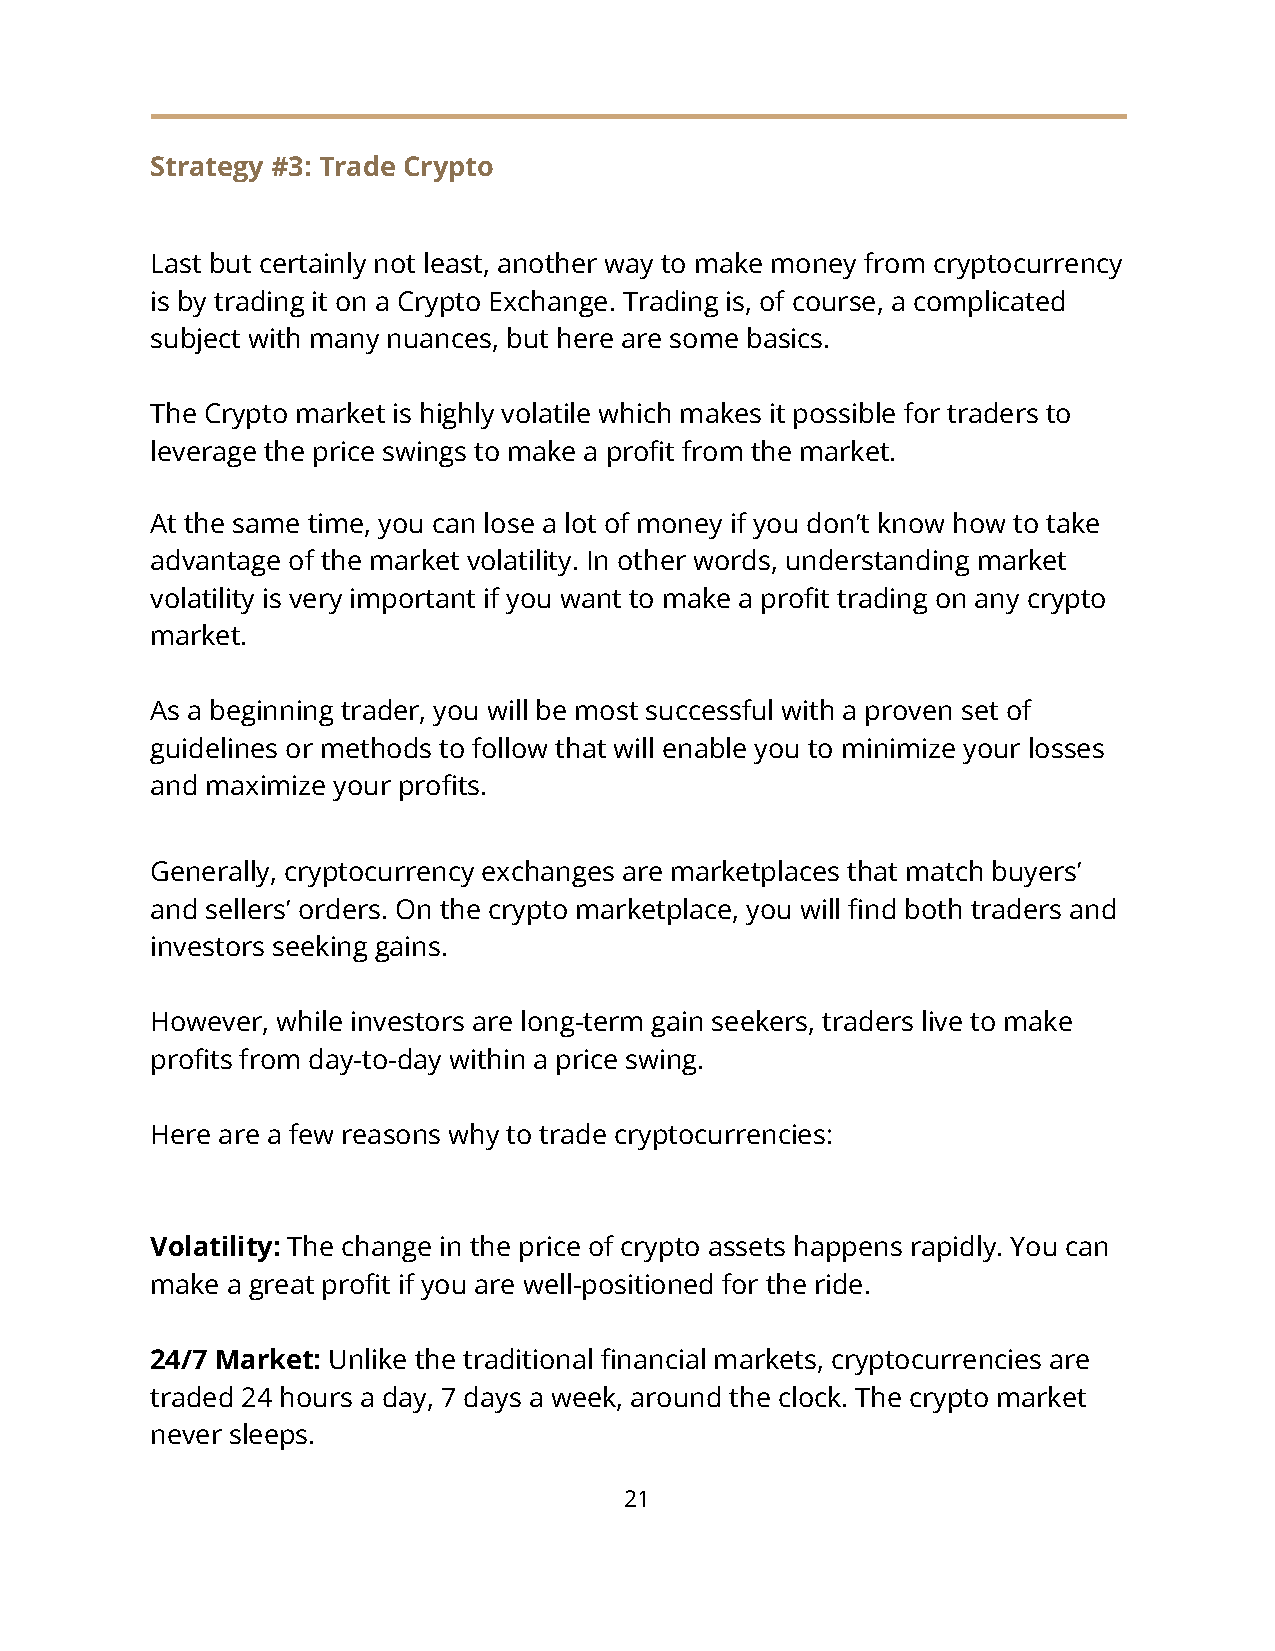
Strategy #3: Trade Crypto
 Last but certainly not least, another way to make money from cryptocurrency
 is by trading it on a Crypto Exchange. Trading is, of course, a complicated
 subject with many nuances, but here are some basics.
 The Crypto market is highly volatile which makes it possible for traders to
 leverage the price swings to make a profit from the market.
 At the same time, you can lose a lot of money if you don’t know how to take
 advantage of the market volatility. In other words, understanding market
 volatility is very important if you want to make a profit trading on any crypto
 market.
 As a beginning trader, you will be most successful with a proven set of
 guidelines or methods to follow that will enable you to minimize your losses
 and maximize your profits.
 Generally, cryptocurrency exchanges are marketplaces that match buyers’
 and sellers’ orders. On the crypto marketplace, you will find both traders and
 investors seeking gains.
 However, while investors are long-term gain seekers, traders live to make
 profits from day-to-day within a price swing.
 Here are a few reasons why to trade cryptocurrencies:
 Volatility: The change in the price of crypto assets happens rapidly. You can
 make a great profit if you are well-positioned for the ride.
 24/7 Market: Unlike the traditional financial markets, cryptocurrencies are
 traded 24 hours a day, 7 days a week, around the clock. The crypto market
 never sleeps.
 21